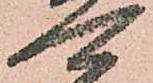
可